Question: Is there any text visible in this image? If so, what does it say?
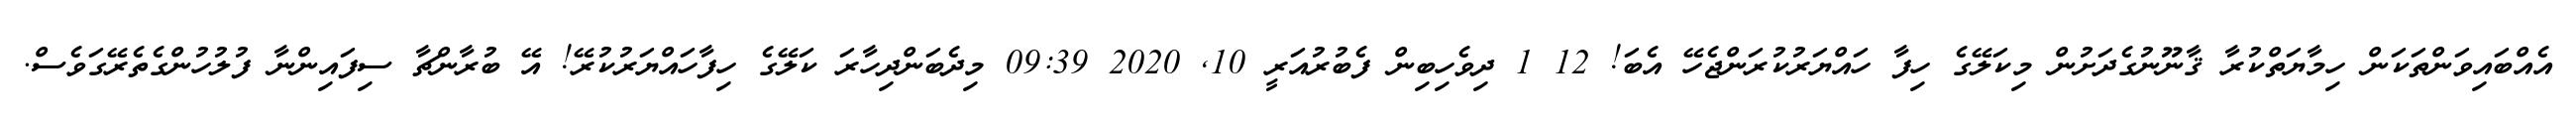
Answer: އެއްބައިވަންތަކަން ހިމާޔަތްކުރާ ޤާނޫނުގެދަށުން މިކަލޭގެ ހިފާ ހައްޔަރުކުރަންޖެހޭ އެބަ! 12 1 ދިވެހިބިން ފެބުރުއަރީ 10, 2020 09:39 މިދެބަންދިހާރަ ކަލޭގެ ހިފާހައްޔަރުކުރޭ! އޭ ބުރާންޗާ ސިފައިންނާ ފުލުހުންގެތެރޭގަވެސް.